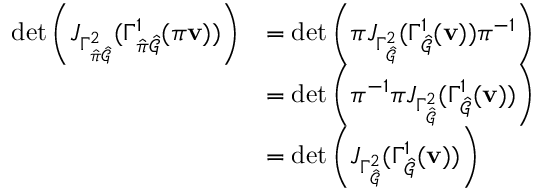
\begin{array} { r l } { \operatorname* { d e t } \left( J _ { \Gamma _ { \hat { \pi } \hat { \mathcal { G } } } ^ { 2 } } ( \Gamma _ { \hat { \pi } \hat { \mathcal { G } } } ^ { 1 } ( \pi \mathbf { v } ) ) \right) } & { = \operatorname* { d e t } \left( \boldsymbol { \pi } J _ { \Gamma _ { \hat { \mathcal { G } } } ^ { 2 } } ( \Gamma _ { \hat { \mathcal { G } } } ^ { 1 } ( \mathbf { v } ) ) \boldsymbol { \pi } ^ { - 1 } \right) } \\ & { = \operatorname* { d e t } \left( \boldsymbol { \pi } ^ { - 1 } \boldsymbol { \pi } J _ { \Gamma _ { \hat { \mathcal { G } } } ^ { 2 } } ( \Gamma _ { \hat { \mathcal { G } } } ^ { 1 } ( \mathbf { v } ) ) \right) } \\ & { = \operatorname* { d e t } \left( J _ { \Gamma _ { \hat { \mathcal { G } } } ^ { 2 } } ( \Gamma _ { \hat { \mathcal { G } } } ^ { 1 } ( \mathbf { v } ) ) \right) } \end{array}